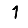
Digit: 1